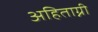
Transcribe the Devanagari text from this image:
अहिताग्नी